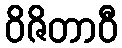
ဝိဇိတာဝီ